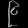
Digit: ၉